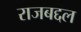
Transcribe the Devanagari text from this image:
राजबद्दल